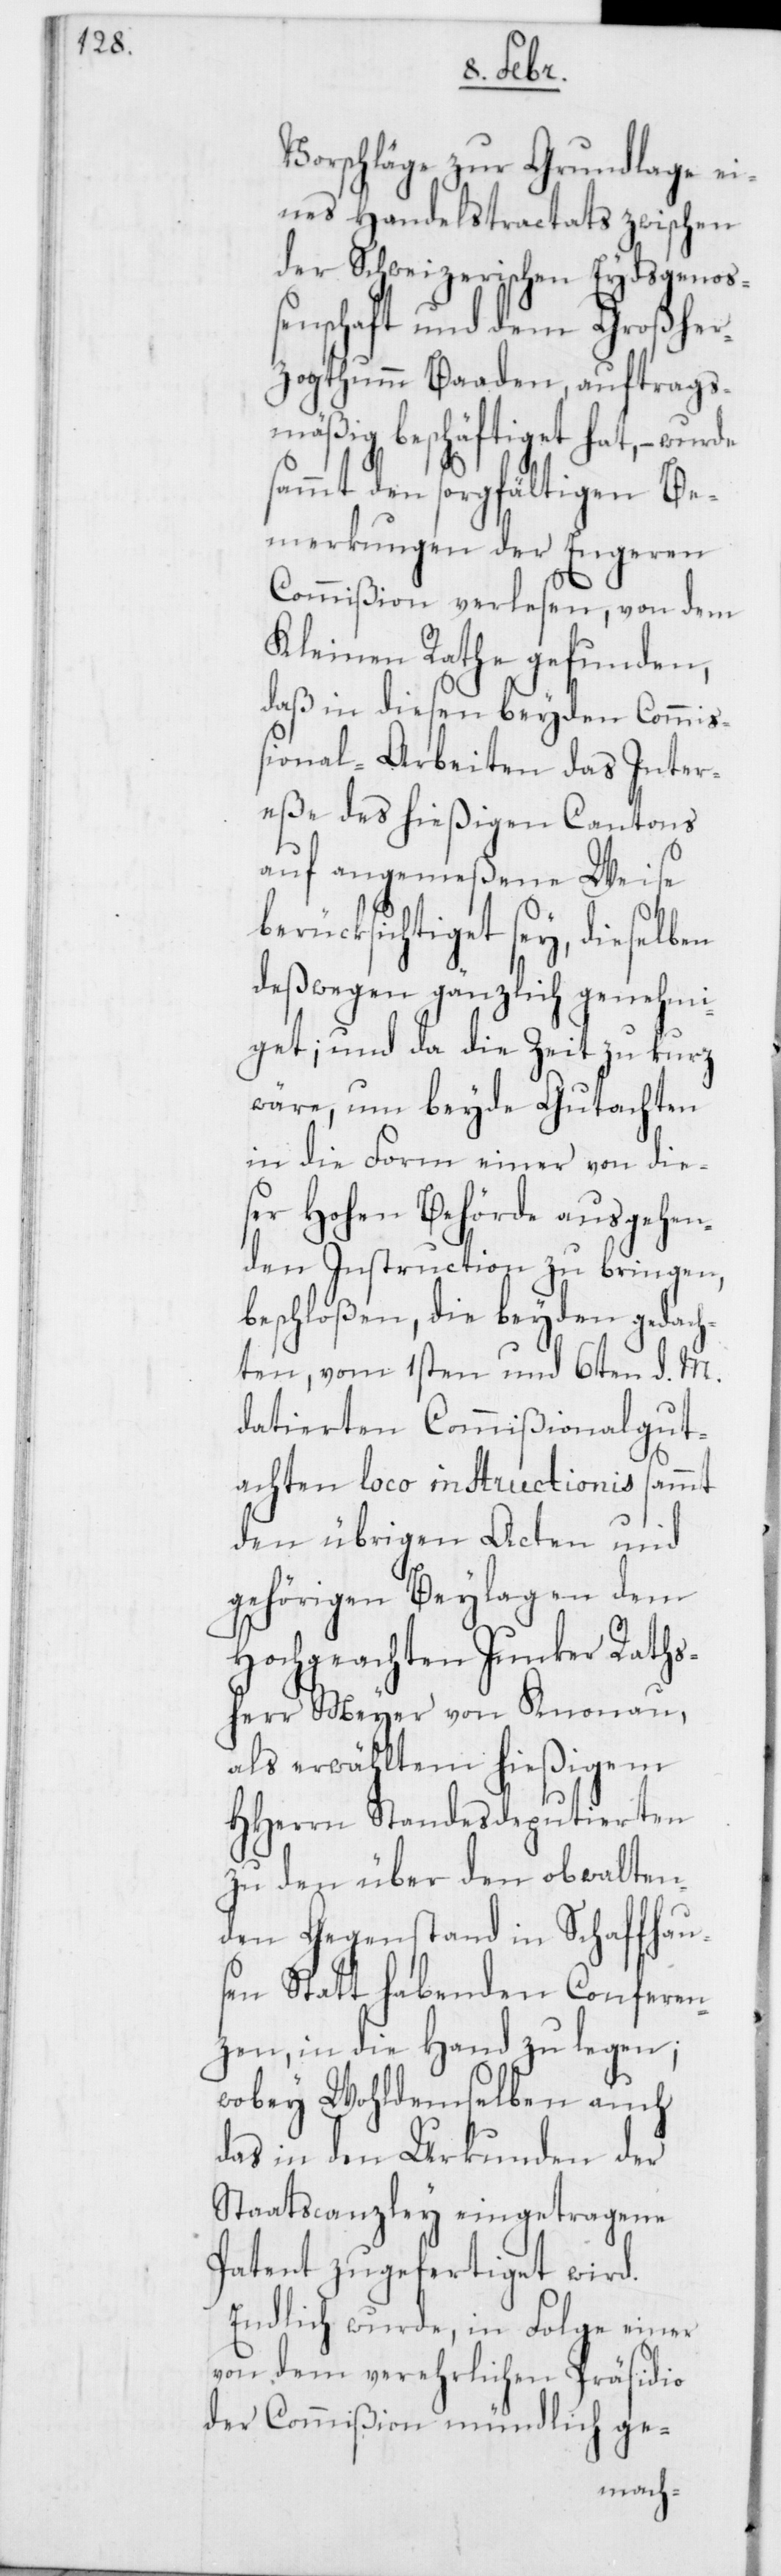
Vorschläge zur Grundlage ei¬
nes Handelstractats zwischen
der Schweizerischen Eydsgenoß¬
enschaft und dem Großher¬
zogthumm Baaden, auftrags¬
mäßig beschäftiget hat, – wurde
sammt den sorgfältigen Be¬
merkungen der Engeren
Commißion verlesen, von dem
Kleinen Rathe gefunden,
daß in diesen beyden Commiß¬
ional-Arbeiten das Inter¬
eße des hießigen Cantons
auf angemeßene Weise
berücksichtiget sey, dieselben
deßwegen gänzlich genehmi¬
get; und da die Zeit zu kurz
wäre, um beyde Gutachten
in die Form einer von die¬
ser Hohen Behörde ausgehen¬
den Instruction zu bringen,
beschloßen, die beyden gedach¬
ten, vom 1sten und 6ten d. M.
datierten Commißionalgut¬
achten loco instructionis sammt
den übrigen Acten und
gehörigen Beylagen dem
Hochgeachten Junker Raths¬
herr Meyer von Knonau,
als erwähltem hießigem
HHerrn Standesdeputierten
zu den über den obwalten¬
den Gegenstand in Schaffhau¬
sen Statt habenden Conferen¬
zen, in die Hand zu legen;
wobey Wohldemselben auch
das in den Urkunden der
Staatscanzley eingetragene
Patent zugefertiget wird.
Endlich wurde, in Folge einer
von dem verehrlichen Präsidio
der Commißion mündlich ge-